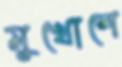
মুখোশে